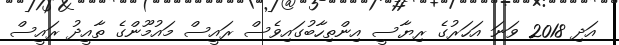
އަދި 2018 ވަނަ އަހަރުގެ ރިޔާސީ އިންތިހާބުގައިވެސް ރައީސް މައުމޫންގެ ތާއީދު ރައީސް